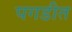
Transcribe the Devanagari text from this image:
पगडीत